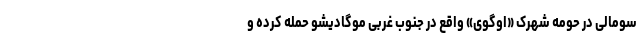
سومالی در حومه شهرک «اوگوی» واقع در جنوب غربی موگادیشو حمله کرده و